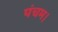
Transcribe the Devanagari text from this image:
पंचम।